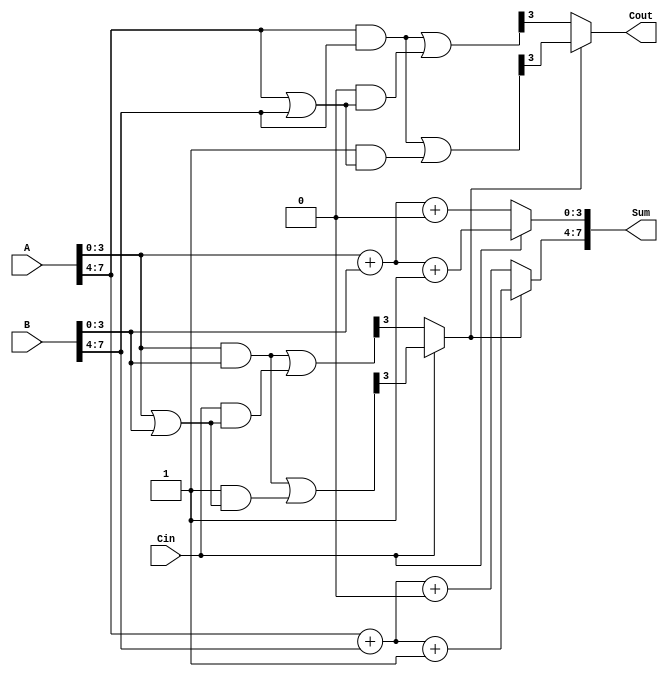
module hybrid_carry_select_adder (
    input [7:0] A,      // 8-bit input A
    input [7:0] B,      // 8-bit input B
    input Cin,          // Carry-in
    output [7:0] Sum,   // 8-bit sum output
    output Cout         // Carry-out
);

    // Intermediate signals
    wire [3:0] S0, S1, S2, S3;  // Sums for each segment assuming Cin = 0 and Cin = 1
    wire [3:0] C0, C1, C2, C3;  // Carries for each segment
    wire C1_sel;                // Carry selection signal

    // Segment 1 (Lower 4 bits)
    // Assume Cin = 0
    assign S0 = A[3:0] + B[3:0] + 1'b0;
    assign C0 = (A[3:0] & B[3:0]) | (Cin & (A[3:0] | B[3:0]));

    // Assume Cin = 1
    assign S1 = A[3:0] + B[3:0] + 1'b1;
    assign C1 = (A[3:0] & B[3:0]) | (1'b1 & (A[3:0] | B[3:0]));

    // Select appropriate sum and carry for segment 1
    assign C1_sel = Cin ? C1[3] : C0[3]; // Select carry depending on Cin
    assign Sum[3:0] = Cin ? S1 : S0;

    // Segment 2 (Upper 4 bits)
    // Compute assuming carry-in from segment 1
    // Assume Cin = 0
    assign S2 = A[7:4] + B[7:4] + 1'b0;
    assign C2 = (A[7:4] & B[7:4]) | (0 & (A[7:4] | B[7:4]));

    // Assume Cin = 1
    assign S3 = A[7:4] + B[7:4] + 1'b1;
    assign C3 = (A[7:4] & B[7:4]) | (1'b1 & (A[7:4] | B[7:4]));

    // Select appropriate sum and carry for segment 2
    assign Cout = C1_sel ? C3[3] : C2[3]; // Carry out for the entire adder
    assign Sum[7:4] = C1_sel ? S3 : S2; // Final sum selection for upper bits

endmodule